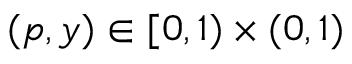
( p , y ) \in [ 0 , 1 ) \times ( 0 , 1 )